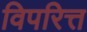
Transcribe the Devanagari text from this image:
विपरित्त